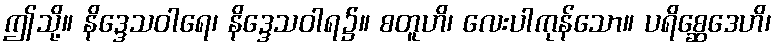
ဤသို့။ နိဒ္ဒေသဝါရေ၊ နိဒ္ဒေသဝါရ၌။ စတူဟိ၊ လေးပါကုန်သော။ ပရိစ္ဆေဒေဟိ၊